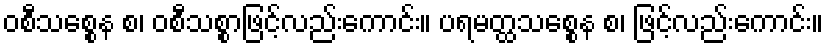
ဝစီသစ္စေန စ၊ ဝစီသစ္စာဖြင့်လည်းကောင်း။ ပရမတ္ထသစ္စေန စ၊ ဖြင့်လည်းကောင်း။